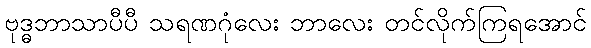
ဗုဒ္ဓဘာသာပီပီ သရဏဂုံလေး ဘာလေး တင်လိုက်ကြရအောင်